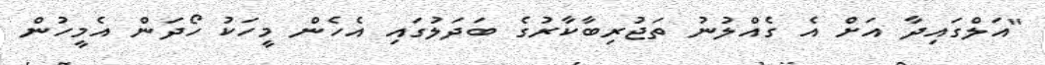
"އަލްގައިދާ އަށް އެ ގެއްލުނު ތަޖުރިބާކާރުގެ ބަދަލުގައި އެހެން މީހަކު ހޯދަން އެމީހުން